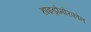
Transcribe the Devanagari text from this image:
हाइड्रोमोरफोन